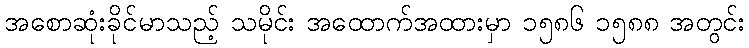
အစောဆုံးခိုင်မာသည့် သမိုင်း အထောက်အထားမှာ ၁၅၈၆ ၁၅၈၈ အတွင်း